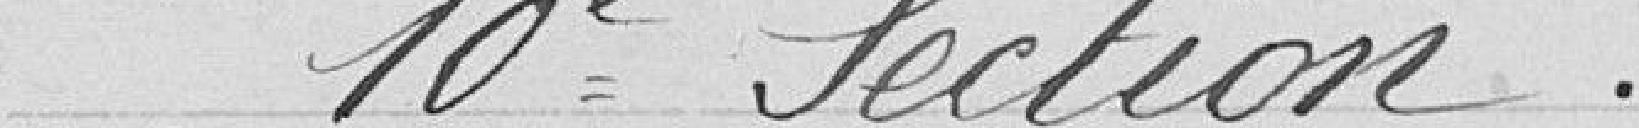
10ème Section